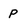
Character: p